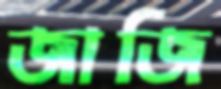
জাজি